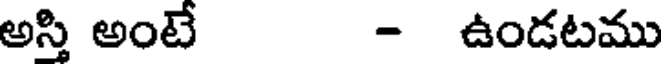
అస్తి అంటే - ఉండటము